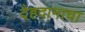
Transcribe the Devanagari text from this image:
देहदानाचा